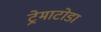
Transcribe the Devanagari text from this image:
ट्रेमाटोडा